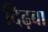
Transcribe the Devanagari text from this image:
दिढ़बा